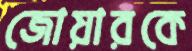
জোয়ারকে